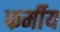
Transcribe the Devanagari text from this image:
फर्मीय